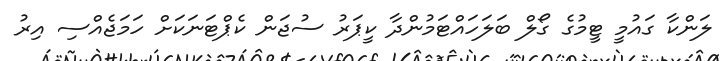
ލަންކާ ގައުމީ ޓީމުގެ ގޯލް ބަލަހައްޓަމުންދާ ކީޕަރު ސުޖަން ކެޕްޓަނަކަށް ހަމަޖެއްސި އިރު